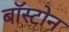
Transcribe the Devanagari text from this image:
बाॅस्टोन